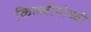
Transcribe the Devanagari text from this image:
किल्लीनोच्ची